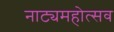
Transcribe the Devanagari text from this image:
नाट्यमहोत्सव